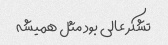
تشکر عالی بود مثل همیشه